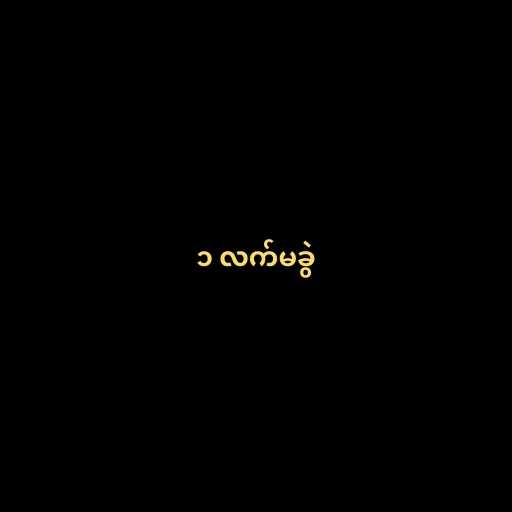
၁ လက်မခွဲ